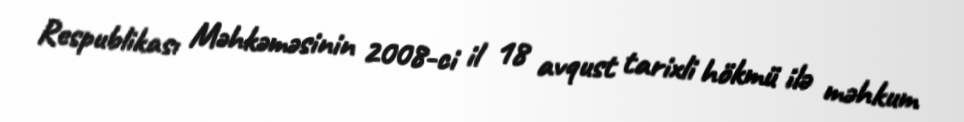
Respublikası Məhkəməsinin 2008-ci il 18 avqust tarixli hökmü ilə məhkum